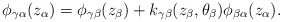
\begin{align*}\phi_{\gamma\alpha}(z_\alpha) = \phi_{\gamma\beta}(z_\beta) + k_{\gamma\beta}(z_\beta,\theta_\beta) \phi_{\beta\alpha}(z_\alpha).\end{align*}